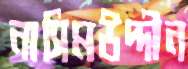
নাসিমউদ্দীন